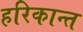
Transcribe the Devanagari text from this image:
हरिकान्त